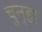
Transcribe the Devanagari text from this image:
चुन्हा